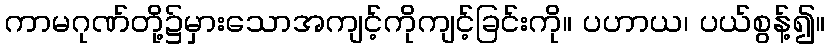
ကာမဂုဏ်တို့၌မှားသောအကျင့်ကိုကျင့်ခြင်းကို။ ပဟာယ၊ ပယ်စွန့်၍။